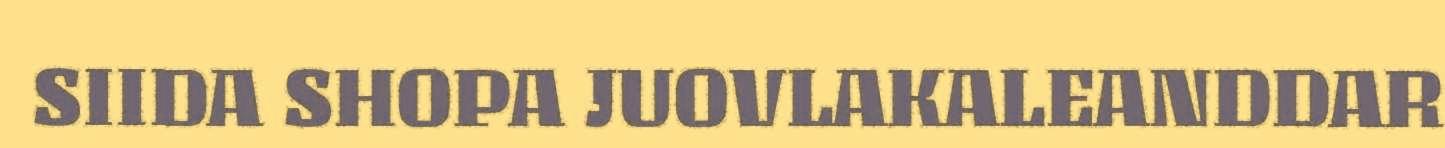
SIIDA SHOPA JUOVLAKALEANDDAR